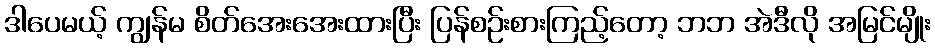
ဒါပေမယ့် ကျွန်မ စိတ်အေးအေးထားပြီး ပြန်စဉ်းစားကြည့်တော့ ဘဘ အဲဒီလို အမြင်မျိုး